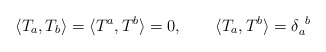
\begin{align*}\langle T_{a},T_{b}\rangle =\langle T^{a},T^{b}\rangle =0,~~~~~~\langle T_{a},T^{b}\rangle =\delta_{a}^{~b}\end{align*}